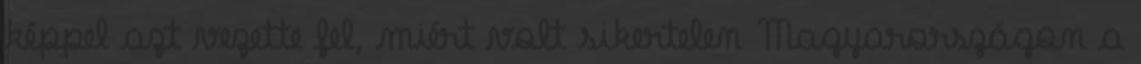
képpel azt vezette fel, miért volt sikertelen Magyarországon a